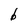
Character: b